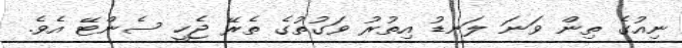
ނިއުގެ ތިން ވަނަ ލަނޑު އިތުރު ވަގުތުގެ ތެރޭ ޖެހީ ސެންޓޭ އެވެ.